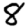
Digit: 8